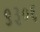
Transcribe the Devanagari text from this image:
९३०६